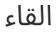
القاء